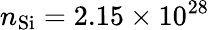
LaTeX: n_{\mathrm{Si}}=2.15\times 10^{28}